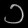
Digit: ၁